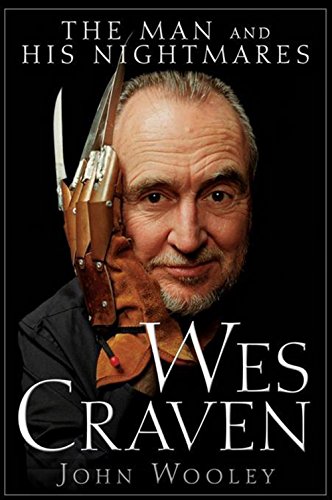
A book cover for Wes Craven: The Man and his Nightmares; John Wooley; Humor & Entertainment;